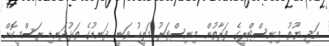
އަދި ޔޫތު މިނިސްޓްރީގެ ފަރާތުން މިނިސްޓަރު މަލީހު ވަނީ ދަނޑުގެ ތަޅުދަނޑި ރަސްމީކޮށް